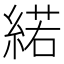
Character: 𦂍